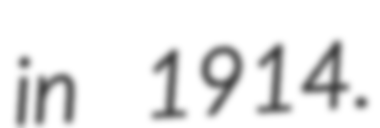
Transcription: in 1914.